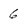
Character: 6